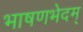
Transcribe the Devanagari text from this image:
भाषणभेदम्